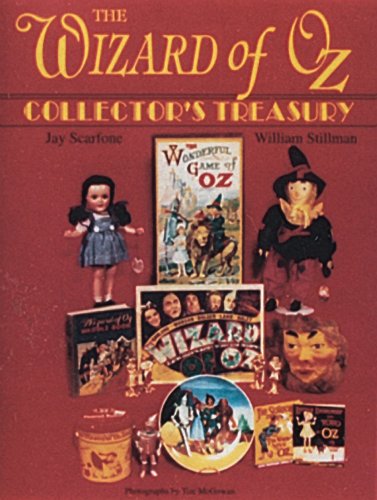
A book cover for The Wizard of Oz: Collector's Treasury; Jay Scarfone; Crafts, Hobbies & Home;